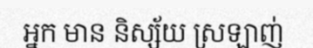
អ្នក មាន និស្ស័យ ស្រឡាញ់